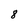
Character: 8